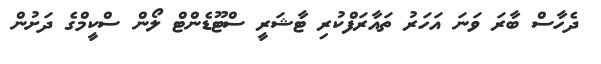
ދެހާސް ބާރަ ވަނަ އަހަރު ތައާރަފްކުރި ޓާޝަރީ ސްޓޫޑެންޓް ލޯން ސްކީމްގެ ދަށުން